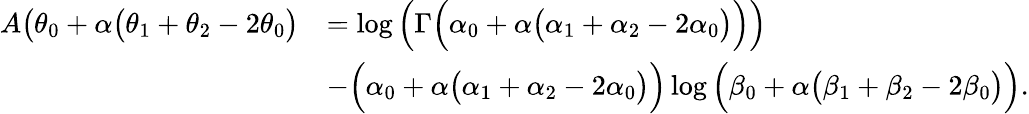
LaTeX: \begin{array}{rl}{A\big(\theta_{0}+\alpha\big(\theta_{1}+\theta_{2}-2\theta_{0}\big)}&{=\log\Big(\Gamma\Big(\alpha_{0}+\alpha\big(\alpha_{1}+\alpha_{2}-2\alpha_{0}\big)\Big)\Big)}\\ &{-\Big(\alpha_{0}+\alpha\big(\alpha_{1}+\alpha_{2}-2\alpha_{0}\big)\Big)\log\Big(\beta_{0}+\alpha\big(\beta_{1}+\beta_{2}-2\beta_{0}\big)\Big).}\end{array}